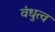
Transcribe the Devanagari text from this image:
वंधुत्व